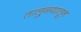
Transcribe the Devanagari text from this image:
तालु्नयातून